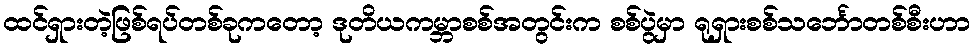
ထင်ရှားတဲ့ဖြစ်ရပ်တစ်ခုကတော့ ဒုတိယကမ္ဘာစစ်အတွင်းက စစ်ပွဲမှာ ရုရှားစစ်သင်္ဘောတစ်စီးဟာ